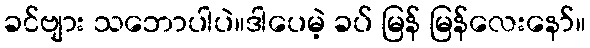
ခင်ဗျား သဘောပါပဲ။ဒါပေမဲ့ ခပ် မြန် မြန်လေးနော်။